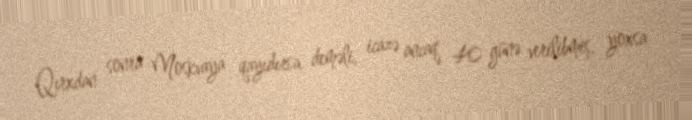
Qırxdan sonra Moskvaya qayıdırsa, deməli, icazə ancaq 40 günə verilibmiş, yoxsa